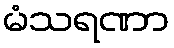
မံသရဏာ